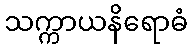
သက္ကာယနိရောဓံ